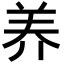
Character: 养